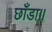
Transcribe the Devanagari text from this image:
छाँडा॥